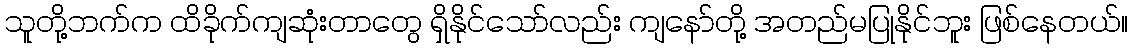
သူတို့ဘက်က ထိခိုက်ကျဆုံးတာတွေ ရှိနိုင်သော်လည်း ကျနော်တို့ အတည်မပြုနိုင်ဘူး ဖြစ်နေတယ်။